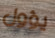
يؤول